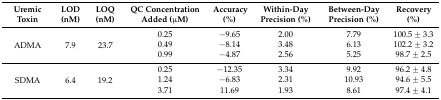
<table><thead><tr><td><b>Uremic Toxin</b></td><td><b>LOD (nM)</b></td><td><b>LOQ (nM)</b></td><td><b>QC Concentration Added (μM)</b></td><td><b>Accuracy (%)</b></td><td><b>Within-Day Precision (%)</b></td><td><b>Between-Day Precision (%)</b></td><td><b>Recovery (%)</b></td></tr></thead><tbody><tr><td rowspan="3">ADMA</td><td rowspan="3">7.9</td><td rowspan="3">23.7</td><td>0.25</td><td>−9.65</td><td>2.00</td><td>7.79</td><td>100.5 ± 3.3</td></tr><tr><td>0.49</td><td>−8.14</td><td>3.48</td><td>6.13</td><td>102.2 ± 3.2</td></tr><tr><td>0.99</td><td>−4.87</td><td>2.56</td><td>5.25</td><td>98.7 ± 2.5</td></tr><tr><td rowspan="3">SDMA</td><td rowspan="3">6.4</td><td rowspan="3">19.2</td><td>0.25</td><td>−12.35</td><td>3.34</td><td>9.92</td><td>96.2 ± 4.8</td></tr><tr><td>1.24</td><td>−6.83</td><td>2.31</td><td>10.93</td><td>94.6 ± 5.5</td></tr><tr><td>3.71</td><td>11.69</td><td>1.93</td><td>8.61</td><td>97.4 ± 4.1</td></tr></tbody></table>